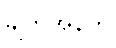
ချက်အနက်